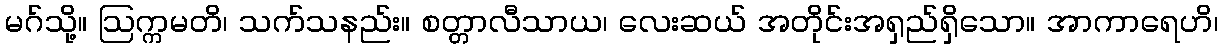
မဂ်သို့။ ဩက္ကမတိ၊ သက်သနည်း။ စတ္တာလီသာယ၊ လေးဆယ် အတိုင်းအရှည်ရှိသော။ အာကာရေဟိ၊